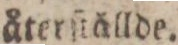
återſtällde.